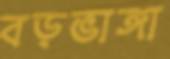
বড়ভাঙ্গা